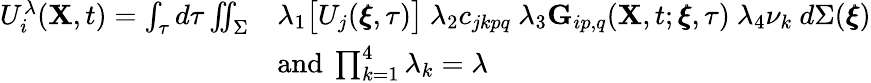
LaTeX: \begin{array}{rl}{U_{i}^{\lambda}(\mathbf{X},t)=\int_{\tau}d\tau\iint_{\Sigma}}&{\lambda_{1}\big[U_{j}(\pmb{\xi},\tau)\big]~\lambda_{2}c_{jkpq}~\lambda_{3}\mathbf{G}_{ip,q}(\mathbf{X},t;\pmb{\xi},\tau)~\lambda_{4}\nu_{k}~d\Sigma(\pmb{\xi})}\\ &{\textnormal{and}~\prod_{k=1}^{4}\lambda_{k}=\lambda}\end{array}